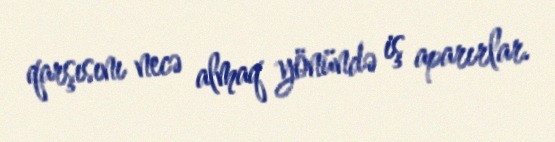
qarşısını necə almaq yönündə iş aparırlar.